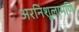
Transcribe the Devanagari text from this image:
अरनिशूलामणि